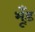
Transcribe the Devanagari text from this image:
भूँड़